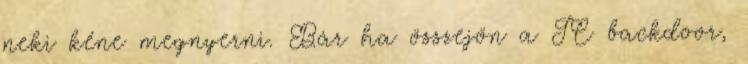
neki kéne megnyerni. Bár ha összejön a JC backdoor,